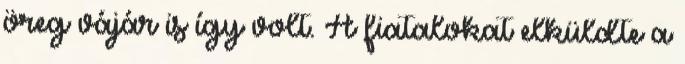
öreg vájár is így volt. A fiatalokat elküldte a